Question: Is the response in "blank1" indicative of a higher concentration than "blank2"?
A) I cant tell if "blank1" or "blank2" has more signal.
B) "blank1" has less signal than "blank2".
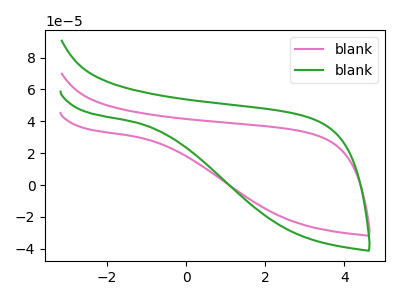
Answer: <think>The pink curve "blank1" has no peaks. The green curve "blank2" has no peaks.
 Neither "blank1" or "blank2" have any peaks.</think>
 <answer>A) I cant tell if "blank1" or "blank2" has more signal.</answer>
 <eval>A</eval>